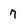
Character: 7